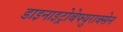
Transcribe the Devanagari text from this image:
डाइनाइट्रोबेफ्युराक्सेन